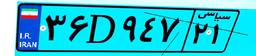
۲۵D۷۲۳۶۴